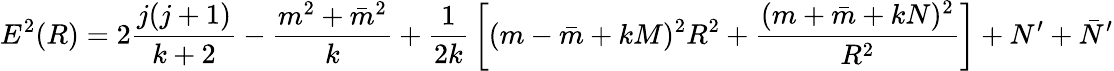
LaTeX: E^{2}(R)=2{\frac{j(j+1)}{k+2}}-{\frac{m^{2}+\bar{m}^{2}}{k}}+{\frac{1}{2k}}\left[(m-\bar{m}+kM)^{2}R^{2}+{\frac{(m+\bar{m}+kN)^{2}}{R^{2}}}\right]+N^{\prime}+\bar{N}^{\prime}